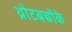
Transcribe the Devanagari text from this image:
थ्रोटबच्चोंके